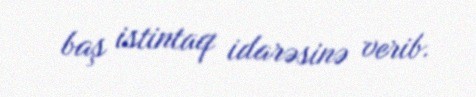
baş istintaq idarəsinə verib.